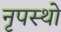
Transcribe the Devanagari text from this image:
नृपस्थो